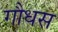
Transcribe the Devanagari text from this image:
गौधस